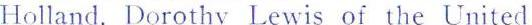
Holland. Dorothy Lewis of the United